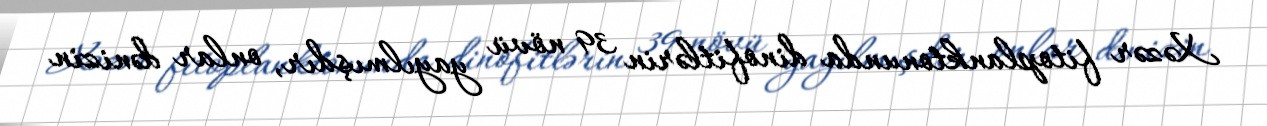
Xəzər fitoplanktonunda dinofitlərin 39 növü yayılmışdır, onlar dənizin